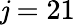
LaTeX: \mathit{j}=21